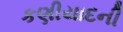
કણીયાદની